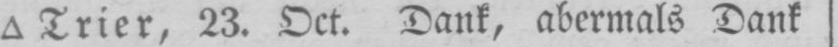
Trier, 23. Oct. Dank, abermals Dank